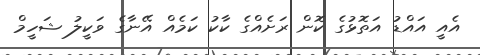
އެއީ އައްޑު އަތޮޅުގެ ކޮން ރަށެއްގެ ކާކު ކަމެއް އޭނާގެ ވަކީލު ޝަހީމް